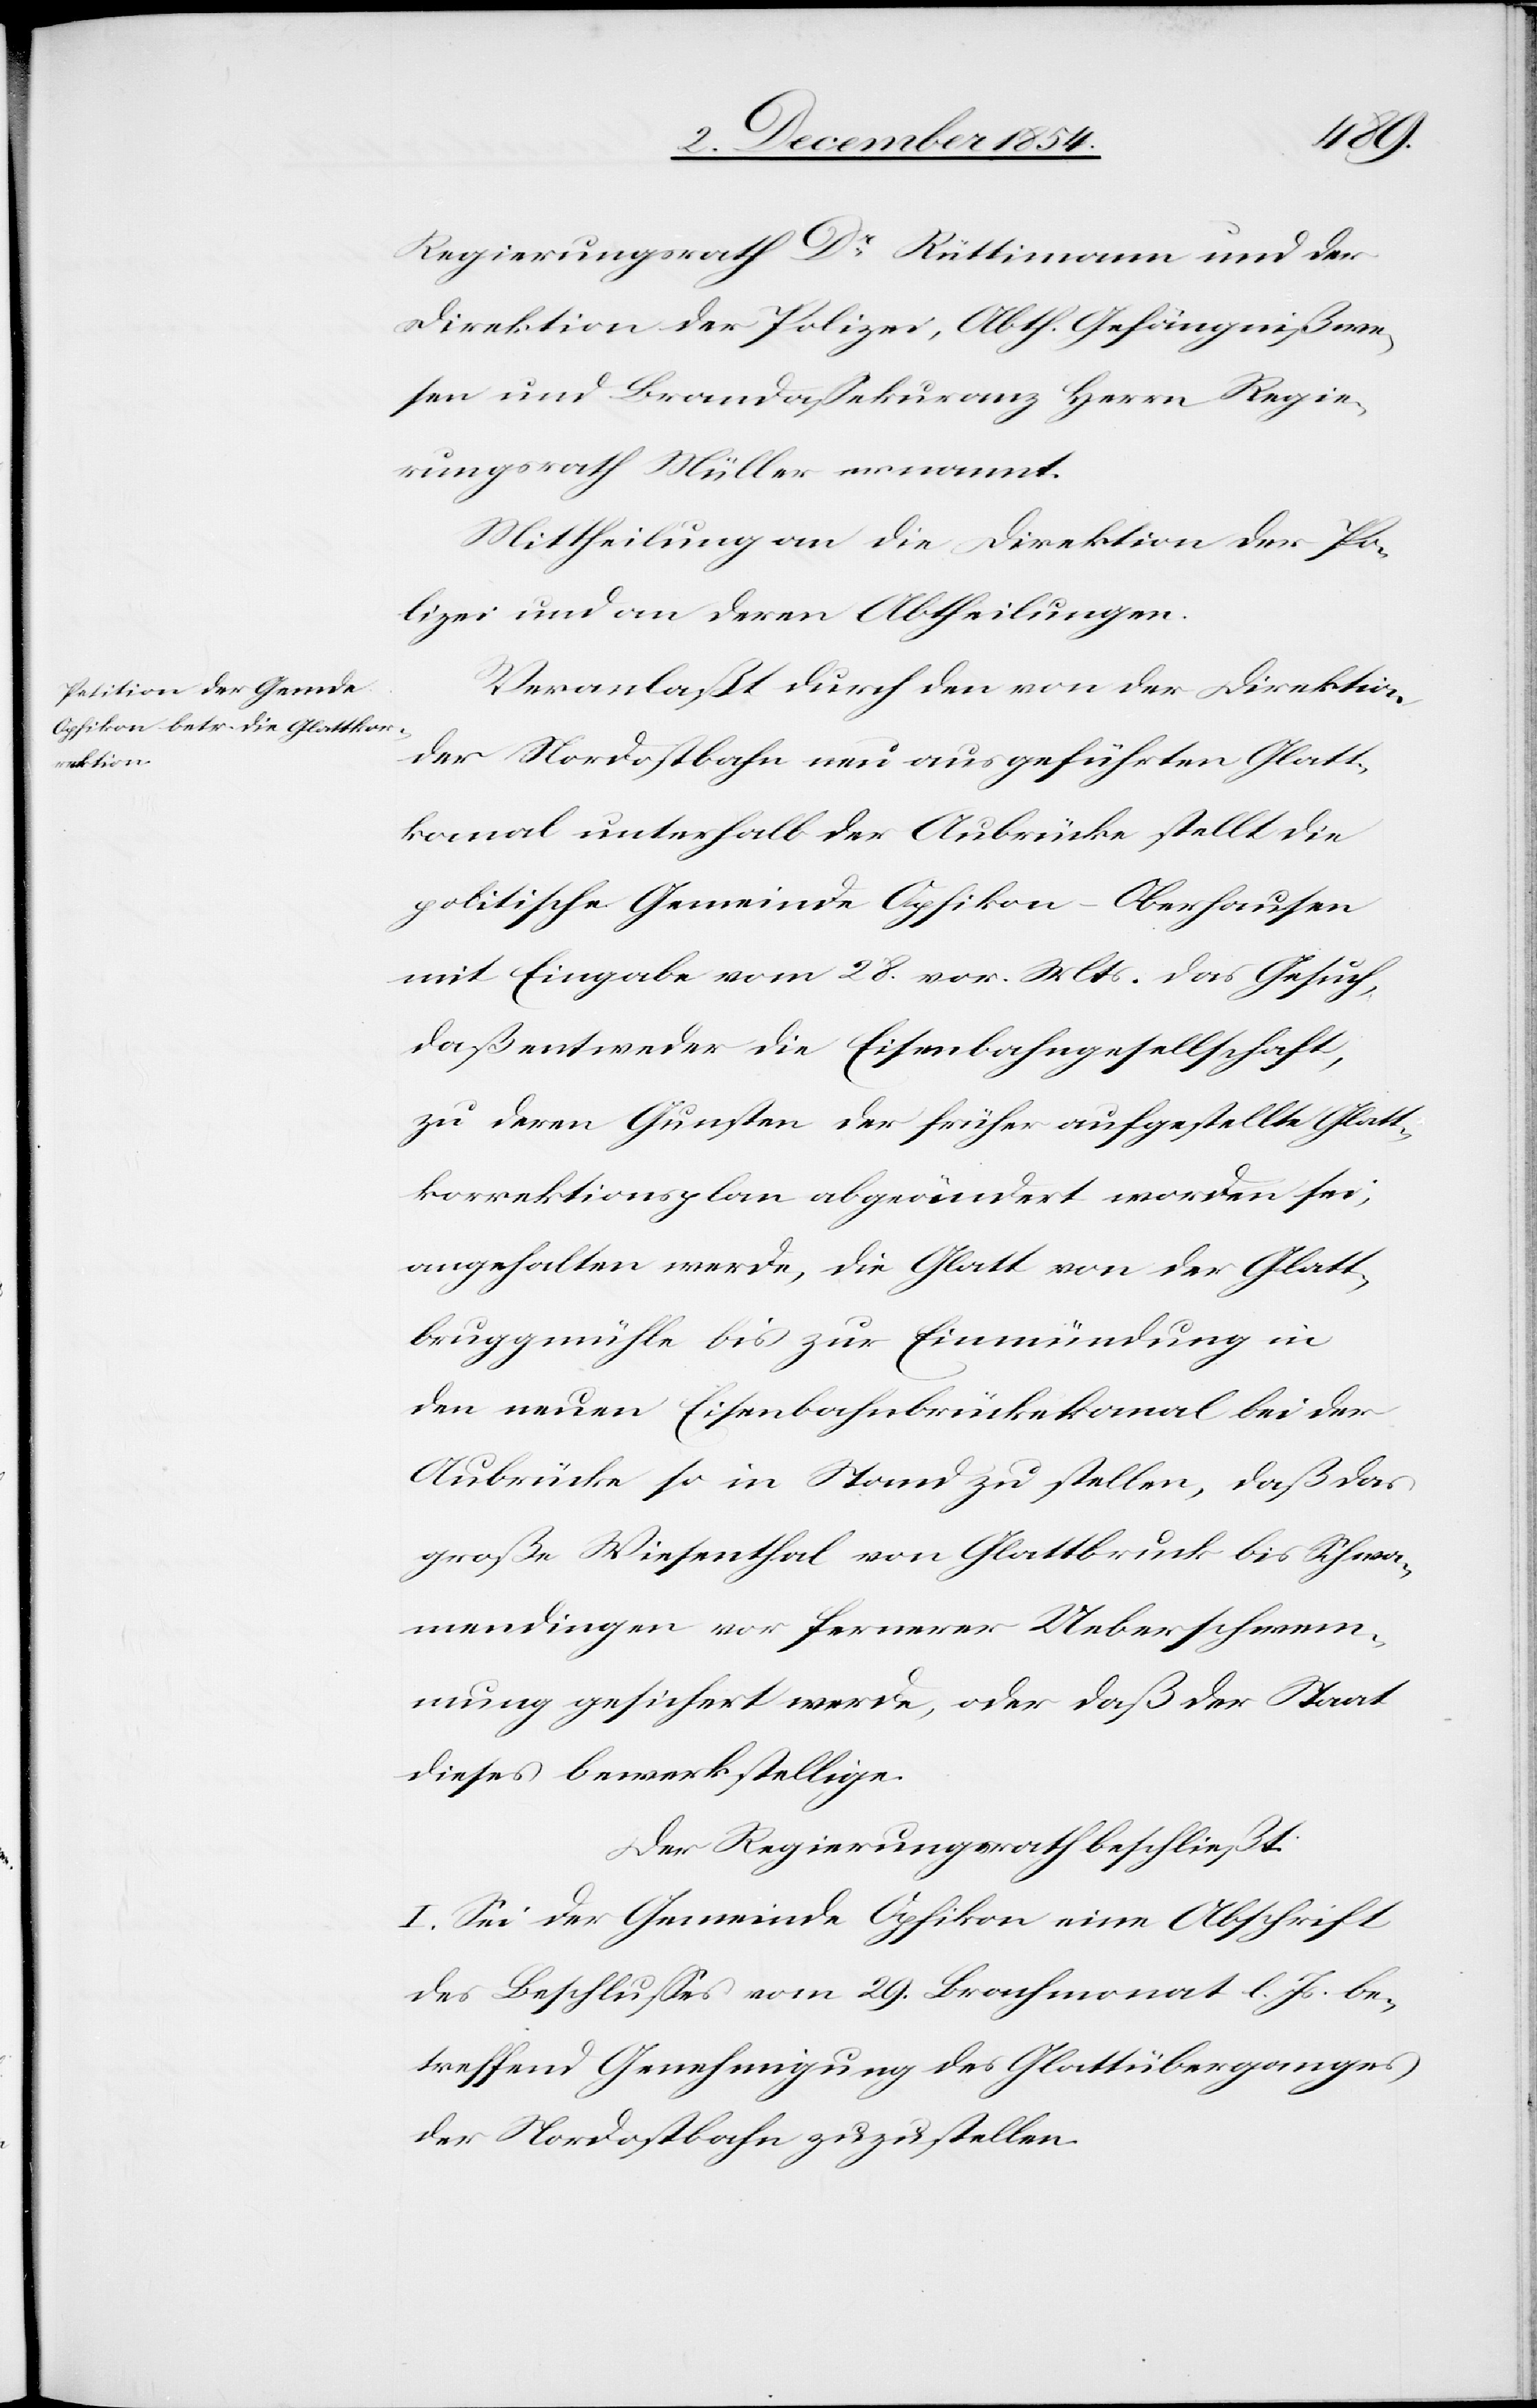
Regierungsrath Dr Rüttimann und der
Direktion der Polizei, Abth. Gefängnißwe¬
sen und Brandaßekuranz Herrn Regie¬
rungsrath Müller ernannt.
Mittheilung an die Direktion der Po¬
lizei und an deren Abtheilungen.
Veranlaßt durch den von der Direktion
der Nordostbahn neu ausgeführten Glatt¬
kanal unterhalb der Aubrücke stellt die
politische Gemeinde Opfikon-Oberhausen
mit Eingabe vom 28. vor. Mts. das Gesuch,
daß entweder die Eisenbahngesellschaft,
zu deren Gunsten der früher aufgestellte Glatt¬
korrektionsplan abgeändert worden sei,
angehalten werde, die Glatt von der Glatt¬
bruggmühle bis zur Einmündung in
den neuen Eisenbahnbrückenkanal bei der
Aubrücke so in Stand zu stellen, daß das
große Wiesenthal von Glattbruck bis Schwa¬
mendingen vor fernerer Ueberschwem¬
mung gesichert werde, oder daß der Staat
dieses bewerkstellige.
Der Regierungsrath beschließt:
I. Sei der Gemeinde Opfikon eine Abschrift
des Beschlußes vom 29. Brachmonat l. Js. be¬
treffend Genehmigung des Glattüberganges
der Nordostbahn zuzustellen.